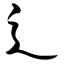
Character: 辶